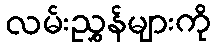
လမ်းညွှန်များကို